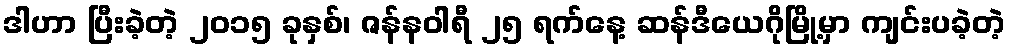
ဒါဟာ ပြီးခဲ့တဲ့ ၂၀၁၅ ခုနှစ်၊ ဇန်နဝါရီ ၂၅ ရက်နေ့ ဆန်ဒီယေဂိုမြို့မှာ ကျင်းပခဲ့တဲ့